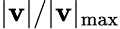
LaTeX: \lvert\mathbf{v}\rvert/\lvert\mathbf{v}\rvert_{\mathrm{max}}